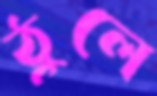
ঠুলে